Emmaste_vallavalitsus, lk 19
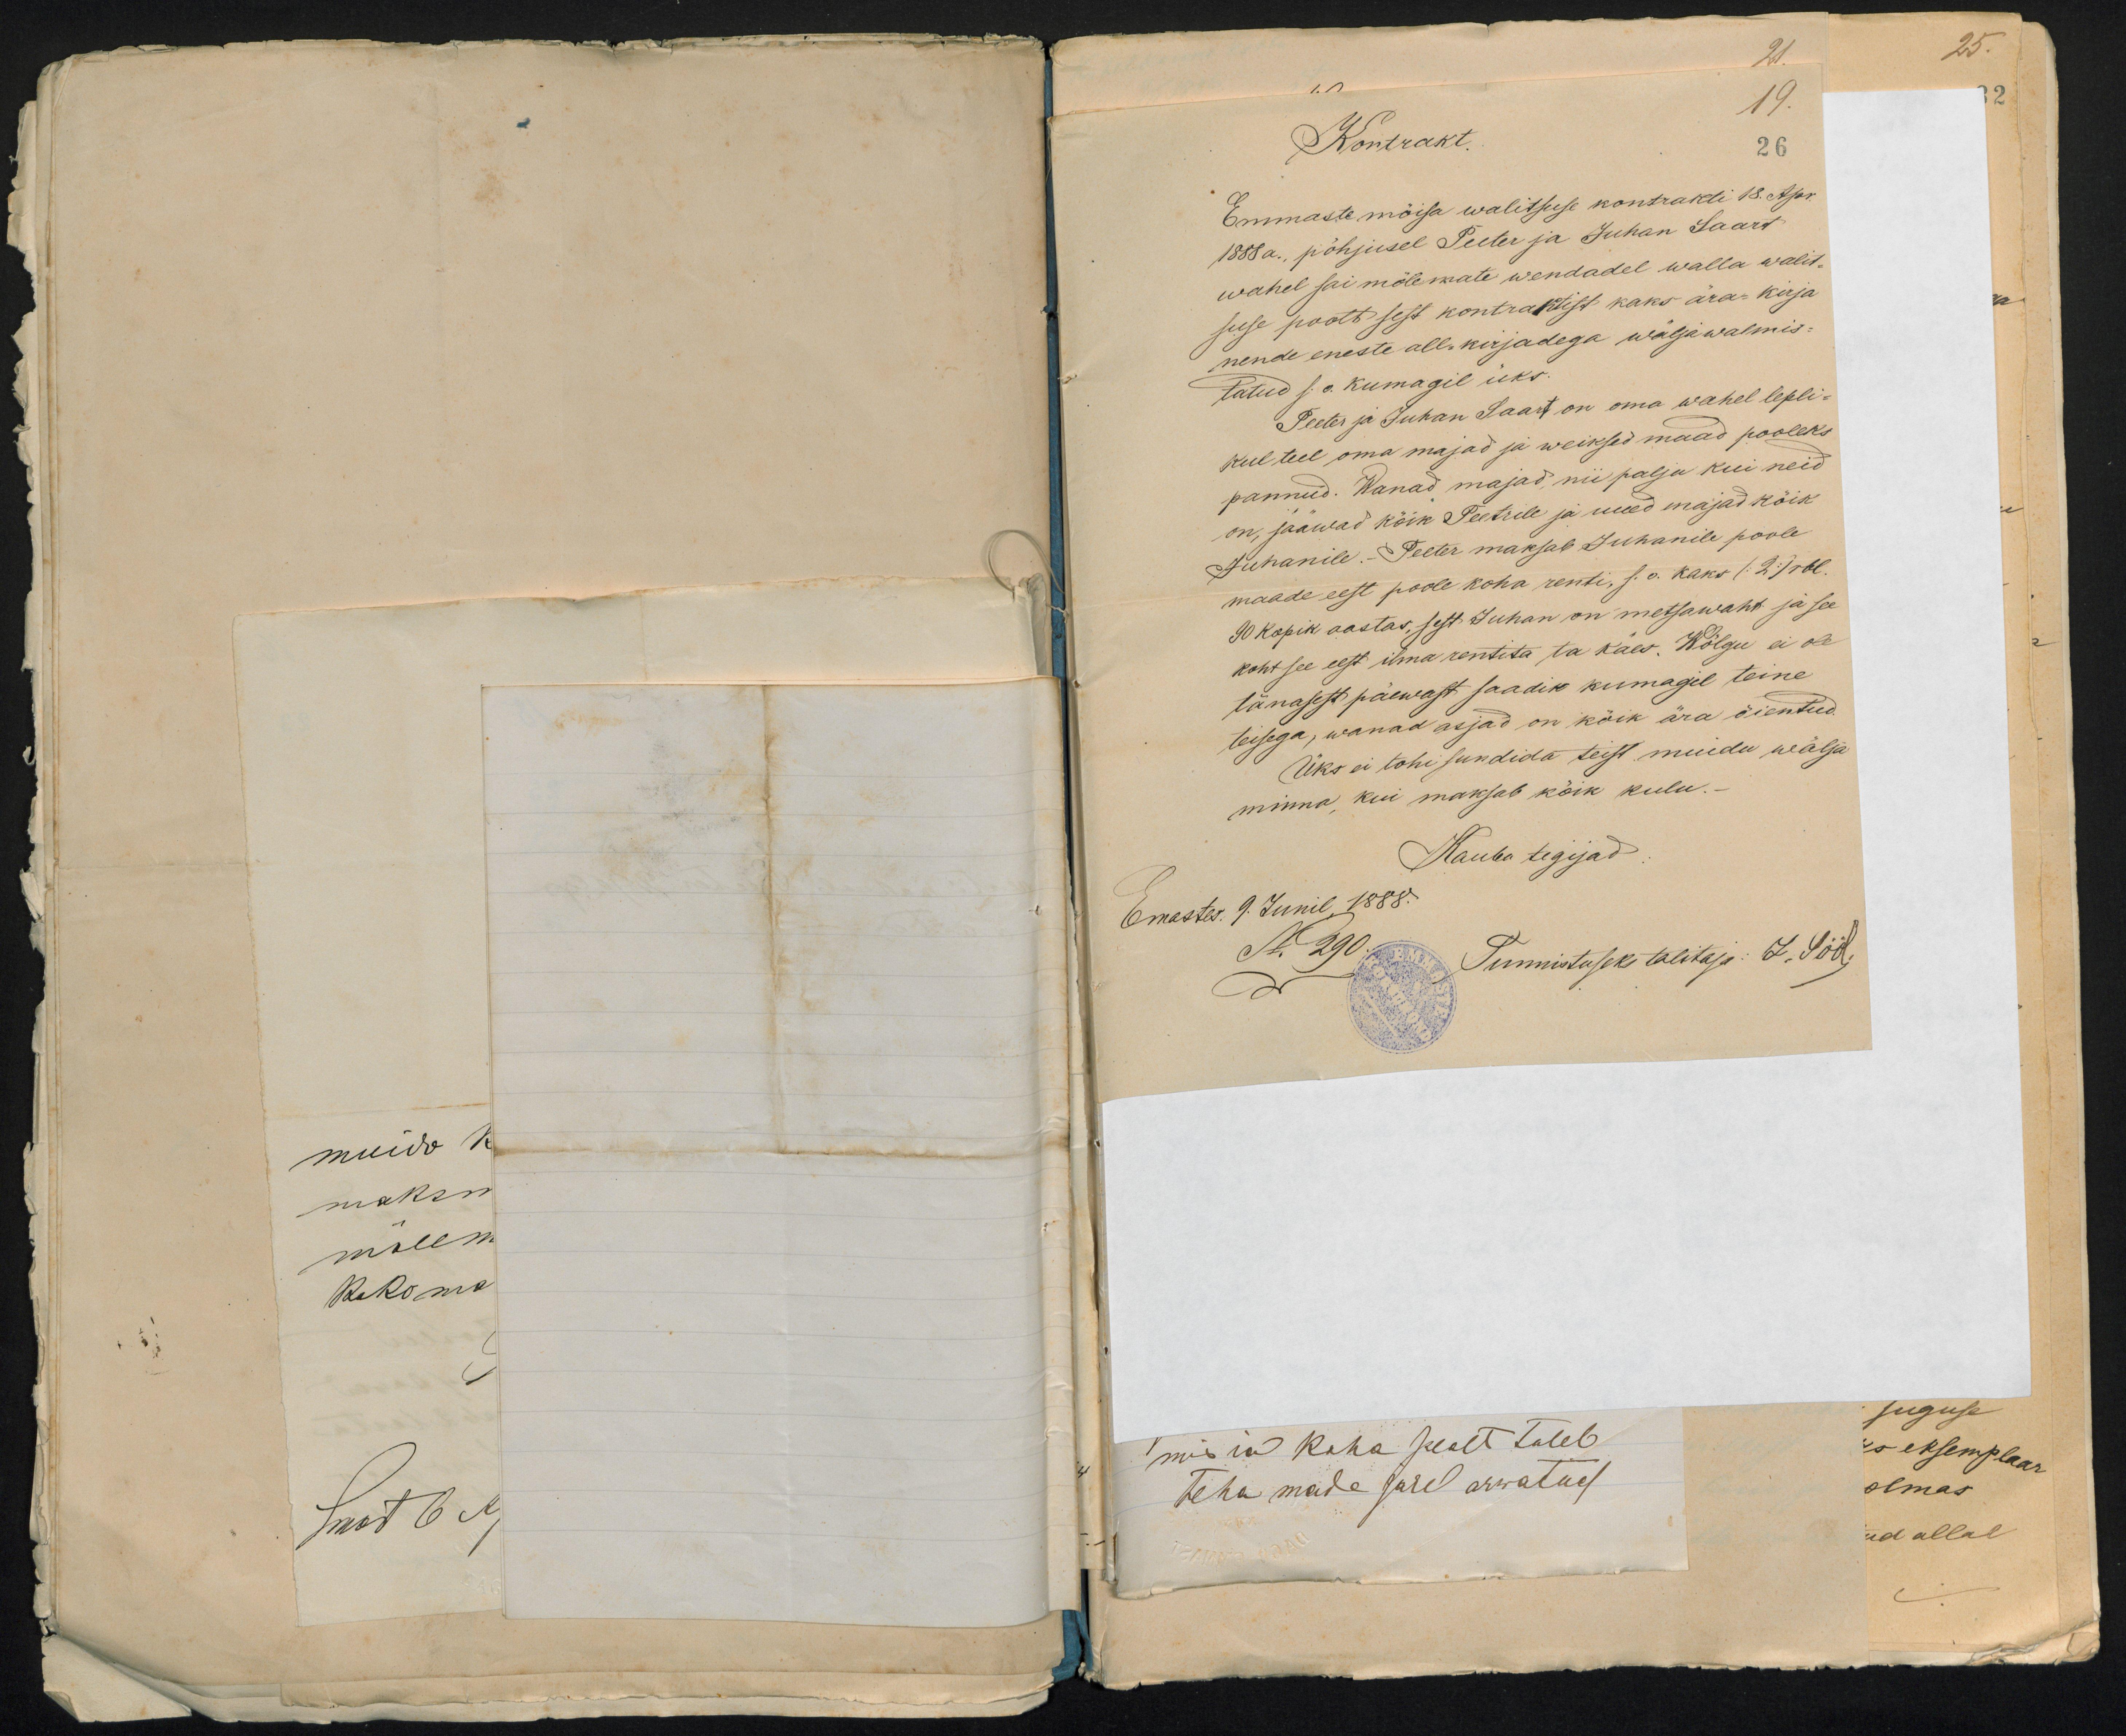
21.

19.
Kontrakt.
26
Emmaste mõisa walitsuse kontrakti 18. Apr.
1888 a, põhjusel Peeter ja Juhan Saart
wahel sai mõlemate wendadel walla walit-
suse poolt sest kontraktist kaks ära-kirja
nende eneste all-kirjadega wälja walmis-
tatud s.o. kumagil üks.
Peeter ja Juhan Saart on oma wahel lepli-
kul teel oma majad ja weiksed maad pooleks
pannud. Wanad majad, nii palju kui neid
on, jääwad kõik Peetrile ja uued majad köik
Juhanile. Peeter maksab Juhanile poole
maade eest poole koha renti, s.o. kaks (2) rbl.
90 kopik aastas, sest Juhan on metsawaht ja see
koht see eest ilma rentita ta käes. Wõlgu ei ole
tänasest päewast saadik kumagil teine
teisega, wanad asjad on kõik ära õientud.
Üks ei tohi sundida teist muidu wälja
minna, kui maksab kõik kulu.-
Kauba tegijad.
Emastes 9. Junil 1888.
No 290.
Tunnistuseks talitaja: L. Sööb,